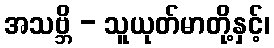
အသဗ္ဘိ - သူယုတ်မာတို့နှင့်၊